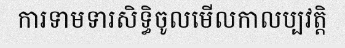
ការទាមទារសិទ្ធិចូលមើលកាលប្បវត្តិ